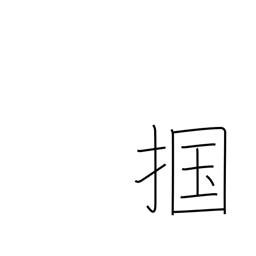
Meaning: seize